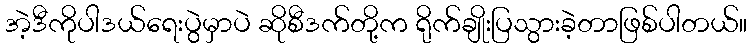
အဲ့ဒီကိုပါဒယ်ရေးပွဲမှာပဲ ဆိုစီဒက်တို့က ရိုက်ချိုးပြသွားခဲ့တာဖြစ်ပါတယ်။